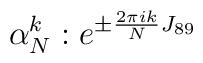
\alpha^k_N: e^{\pm{2\pi ik\over N}J_{89}}